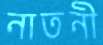
নাতনী